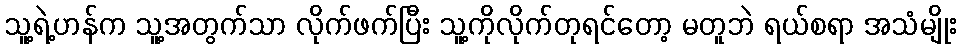
သူ့ရဲ့ဟန်က သူ့အတွက်သာ လိုက်ဖက်ပြီး သူ့ကိုလိုက်တုရင်တော့ မတူဘဲ ရယ်စရာ အသံမျိုး